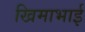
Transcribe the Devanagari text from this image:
खिमाभाई